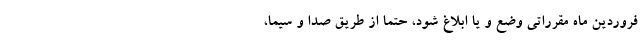
فروردین ماه مقرراتی وضع و یا ابلاغ شود، حتماً از طریق صدا و سیما،